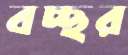
বচ্ছর